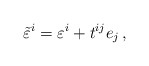
\begin{align*}\tilde\varepsilon^i=\varepsilon^i+t^{ij}e_j\,,\end{align*}